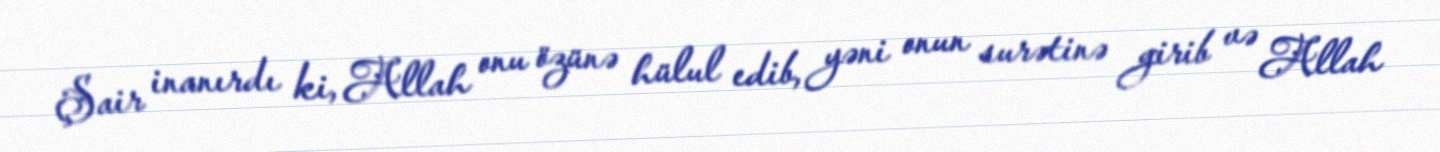
Şair inanırdı ki, Allah onu özünə hülul edib, yəni onun surətinə girib və Allah